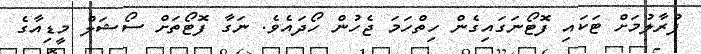
ފުރާލުމަށް ޓަކައި ފޮޓޯނަގައިގެން ހިތްހަމަ ޖެހުން ހޯދައެވެ. ނަގާ ފޮޓޯތަށް ސޯޝަލް މީޑިއާގެ